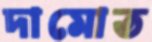
দামোত